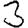
Digit: 3